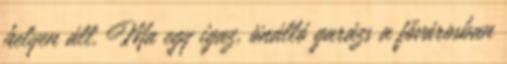
helyen áll. Ma egy igaz, önálló garázs a fővárosban